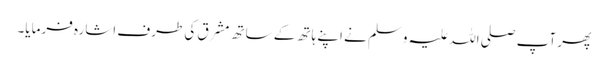
پھر آپ صلی اللہ علیہ وسلم نے اپنے ہاتھ کے ساتھ مشرق کی طرف اشارہ فرمایا۔